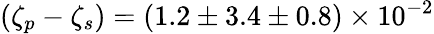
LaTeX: (\zeta_{p}-\zeta_{s})=(1.2\pm 3.4\pm 0.8)\times 10^{-2}